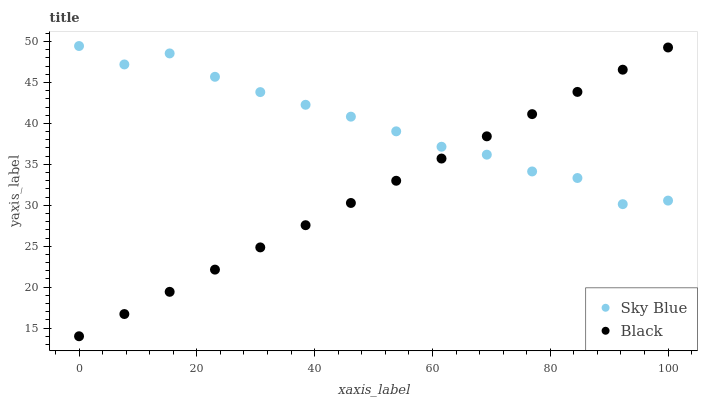
| xaxis_label | Sky Blue | Black |
 | --- | --- | --- |
 | 0 | 49.5 | 14 |
 | 7.69 | 47.2 | 16.7 |
 | 15.4 | 48.6 | 19.4 |
 | 23.1 | 45.7 | 22.1 |
 | 30.8 | 43.8 | 24.9 |
 | 38.5 | 42.3 | 27.6 |
 | 46.2 | 40.8 | 30.3 |
 | 53.8 | 39 | 33 |
 | 61.5 | 37.2 | 35.7 |
 | 69.2 | 36.2 | 38.4 |
 | 76.9 | 34.1 | 41.1 |
 | 84.6 | 33.3 | 43.9 |
 | 92.3 | 30.1 | 46.6 |
 | 100 | 30.6 | 49.3 |